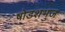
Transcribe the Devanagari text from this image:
षोडशभुज